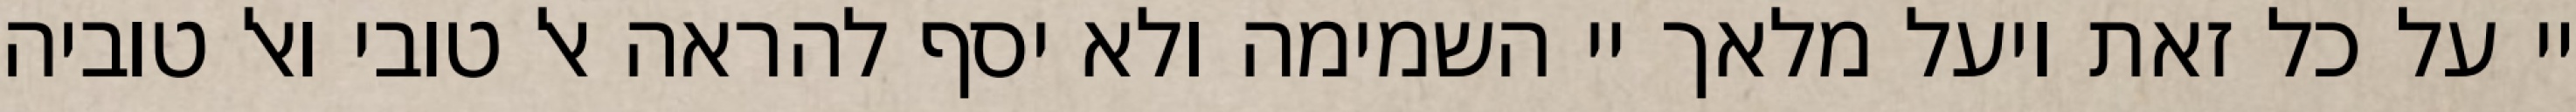
יי על כל זאת ויעל מלאך יי השמימה ולא יסף להראה אל טובי ואל טוביה